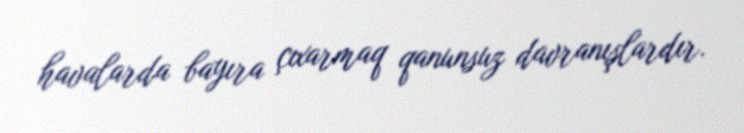
havalarda bayıra çıxarmaq qanunsuz davranışlardır.